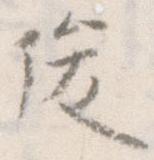
俊